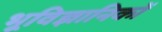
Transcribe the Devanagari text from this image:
भूविज्ञानिकों